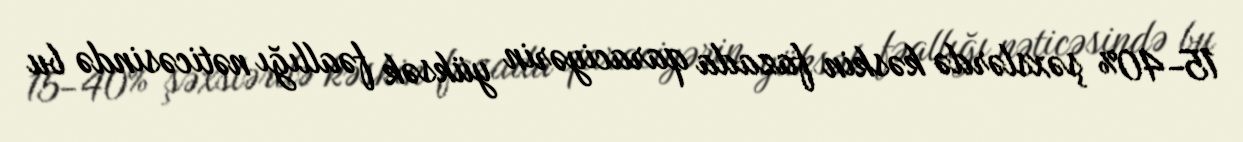
15-40% şəxslərdə kəskin fazada qaraciyərin yüksək fəallığı nəticəsində bu